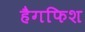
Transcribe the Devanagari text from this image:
हैगफिश